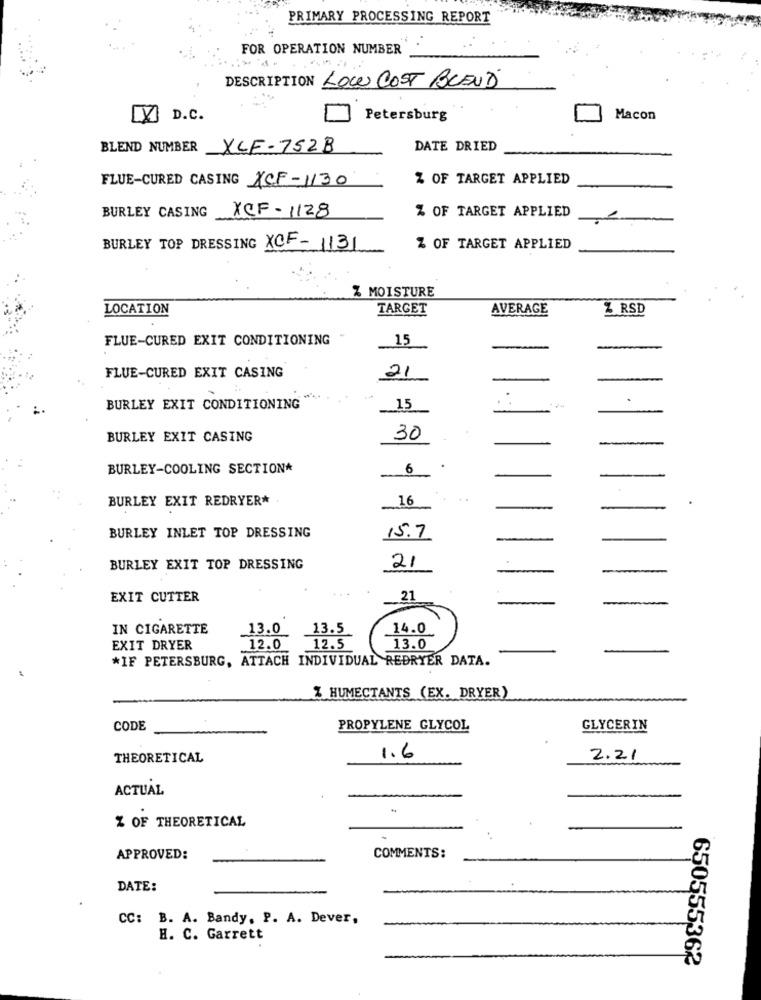
PRIMARY PROCESSING REPORT
FOR OPERATION NUMBER
DESCRIPTION LOW COST BLEND
LY D.C.
Petersburg
Macon
BLEND NUMBER XCF-752B
DATE DRIED
FLUE-CURED CASING XCF-1130
Z OF TARGET APPLIED
% OF TARGET APPLIED
BURLEY CASING
XCF - 1128
BURLEY TOP DRESSING XCF-1131
Z OF TARGET APPLIED
% MOISTURE
LOCATION
TARGET
AVERAGE
Z RSD
FLUE-CURED EXIT CONDITIONING
15
FLUE-CURED EXIT CASING
21
BURLEY EXIT CONDITIONING
15
BURLEY EXIT CASING
30
BURLEY-COOLING SECTION*
6
BURLEY EXIT REDRYER*
16
BURLEY INLET TOP DRESSING
15.7
BURLEY EXIT TOP DRESSING
21
EXIT CUTTER
21
IN CIGARETTE
13.0
13.5
14.0
EXIT DRYER
12.0
12.5
13.0
*IF PETERSBURG, ATTACH INDIVIDUAL REDRYER DATA.
% HUMECTANTS (EX. DRYER)
CODE
PROPYLENE GLYCOL
GLYCERIN
THEORETICAL
1.6
2.21
ACTUAL
Z OF THEORETICAL
APPROVED:
COMMENTS:
DATE:
CC: B. A. Bandy, P. A. Dever,
H. C. Garrett
650555362